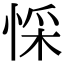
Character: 㥒